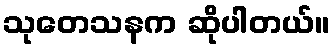
သုတေသနက ဆိုပါတယ်။